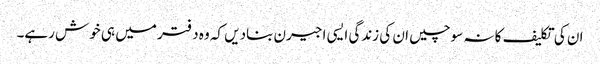
ان کی تکلیف کا نہ سوچیں ان کی زندگی ایسی اجیرن بنادیں کہ وہ دفتر میں ہی خوش رہے۔